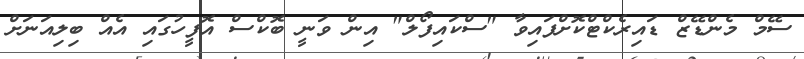
ސޭމް މެންޑޭޒް ޑައިރެކްޓްކޮށްފައިވާ "ސްކައިފޯލް" އިން ވަނީ ބޮކްސް އޮފީހުގައި އެއް ބިލިއަނަށް